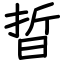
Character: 晢